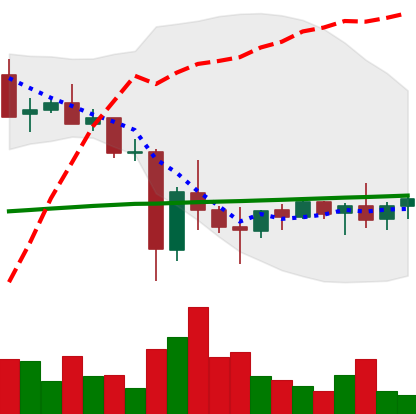
Ticker: XMR-USD
Chart end date: 2021-05-31
Forward return: -3.155%
Label: down_3_5